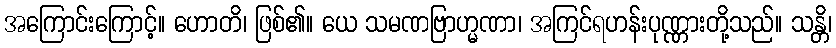
အကြောင်းကြောင့်။ ဟောတိ၊ ဖြစ်၏။ ယေ သမဏဗြာဟ္မဏာ၊ အကြင်ရဟန်းပုဏ္ဏားတို့သည်။ သန္တိ၊